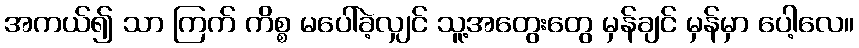
အကယ်၍ သာ ကြက် ကိစ္စ မပေါ်ခဲ့လျှင် သူ့အတွေးတွေ မှန်ချင် မှန်မှာ ပေါ့လေ။